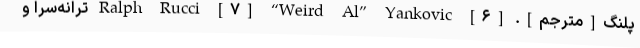
پلنگ[مترجم]. [۶] Ralph Rucci [۷] “Weird Al” Yankovic ترانه‌سرا و